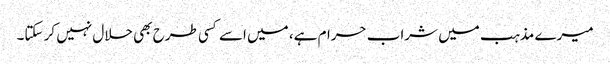
میرے مذہب میں شراب حرام ہے، میں اسے کسی طرح بھی حلال نہیں کر سکتا۔